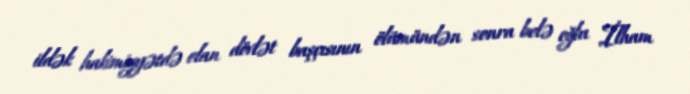
ildək hakimiyyətdə olan dövlət başçısının ölümündən sonra belə oğlu İlham